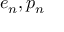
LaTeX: e _ { n } , p _ { n }